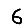
Digit: 6